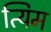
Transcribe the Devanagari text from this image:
त्यिम